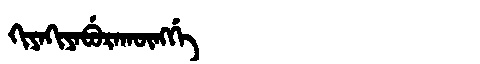
Manchu: ᡴᡳᠶᠠᡴᡳᠶᠠᠪᡠᡵᠠᡴᡡᠩᡤᡝ
Romanization: KIYAKIYABURAKŪNGGE